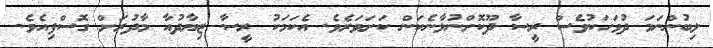
ލިބުންނަމަ ދުވަހަކުވެސް ރީސާ ދޫކޮށްނުލާނެކަން ކަށަވަރެވެ. އެކަމަކު ރީސާ ޒިޔާދުއާ މާދުރަށް ގޮސްފިއެވެ.